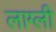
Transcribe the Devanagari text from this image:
लाग्ली